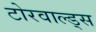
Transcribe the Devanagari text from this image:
टोरवाल्ड्स